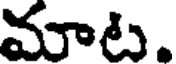
మాట.